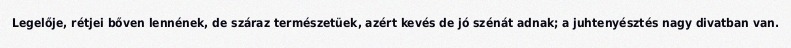
Legelője, rétjei bőven lennének, de száraz természetüek, azért kevés de jó szénát adnak; a juhtenyésztés nagy divatban van.